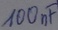
Text: 100µF